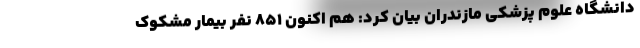
دانشگاه علوم پزشکی مازندران بیان کرد: هم اکنون ۸۵۱ نفر بیمار مشکوک